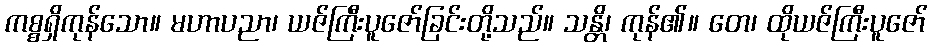
ကစ္စရှိကုန်သော။ မဟာပညာ၊ ယဇ်ကြီးပူဇော်ခြင်းတို့သည်။ သန္တိ၊ ကုန်၏။ တေ၊ ထိုယဇ်ကြီးပူဇော်